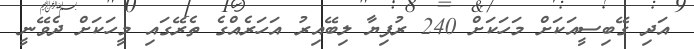
އަދި ގޭބިސީއަކަށް މަހަކަށް 240 ރުފިޔާ ލިބޭއިރު އަހަރެއްގެ ތެރޭގައި މީހަކަށް ދެވޭނީ